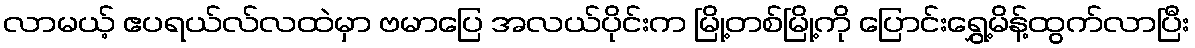
လာမယ့် ဧပရယ်လ်လထဲမှာ ဗမာပြေ အလယ်ပိုင်းက မြို့တစ်မြို့ကို ပြောင်းရွှေ့မိန့်ထွက်လာပြီး